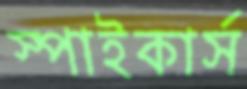
স্পাইকার্স